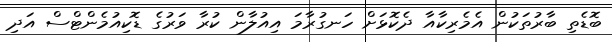
ބޮޑެތި ބާރުތަކުން އެމެރިކާއާ ދެކޮޅަށް ހަނގުރާމަ އިއުލާން ކުރާ ވަރުގެ ޑޮކިއުމެންޓްސް އަދި